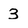
Character: 3